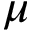
\mu